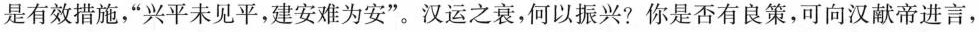
是有效措施，“兴平未见平，建安难为安”。汉运之衰，何以振兴？你是否有良策，可向汉献帝进言，